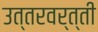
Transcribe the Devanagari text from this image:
उत्तरवर्त्ती